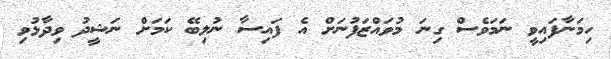
ހިމަނާފައިވީ ނަމަވެސް ގިނަ މުވައްޒަފުނަށް އެ ފައިސާ ނުލިބޭ ކަމަށް ނަޝީދު ވިދާޅުވި